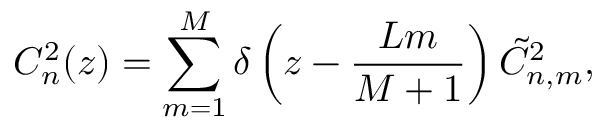
C _ { n } ^ { 2 } ( z ) = \sum _ { m = 1 } ^ { M } \delta \left( z - \frac { L m } { M + 1 } \right) \Tilde { C } _ { n , m } ^ { 2 } ,